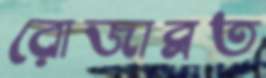
রোজাব্রত